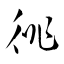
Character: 徘